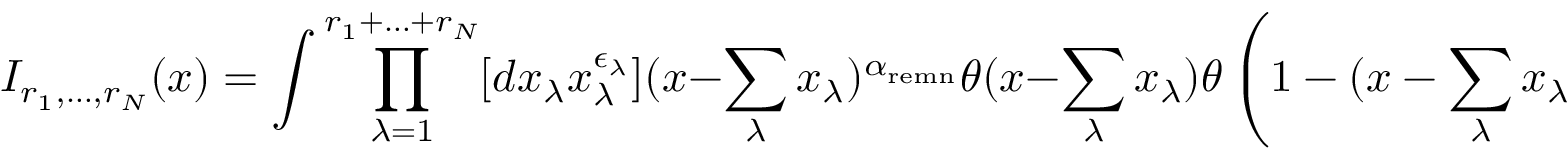
I _ { r _ { 1 } , \ldots , r _ { N } } ( x ) = \int \prod _ { \lambda = 1 } ^ { r _ { 1 } + \ldots + r _ { N } } [ d x _ { \lambda } x _ { \lambda } ^ { \epsilon _ { \lambda } } ] ( x - \sum _ { \lambda } x _ { \lambda } ) ^ { \alpha _ { \mathrm { r e m n } } } \theta ( x - \sum _ { \lambda } x _ { \lambda } ) \theta \left( 1 - ( x - \sum _ { \lambda } x _ { \lambda } ) \right) ,